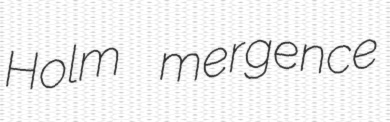
Holm mergence